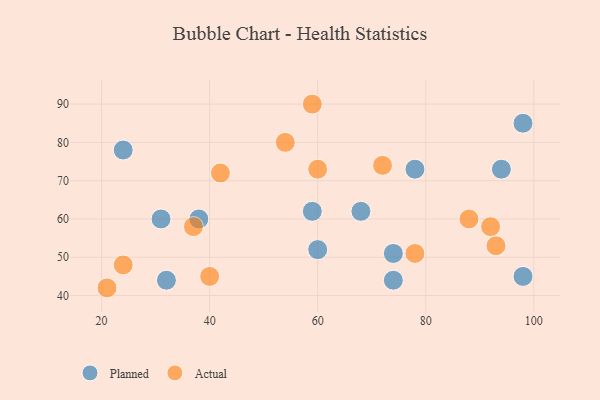
{"axis": {"x": "GDP", "y": "Life Expectancy"}, "legend": ["Actual", "Planned"], "data": [{"x": "74", "y": 51, "type": "Planned"}, {"x": "98", "y": 45, "type": "Planned"}, {"x": "78", "y": 73, "type": "Planned"}, {"x": "60", "y": 52, "type": "Planned"}, {"x": "98", "y": 85, "type": "Planned"}, {"x": "31", "y": 60, "type": "Planned"}, {"x": "59", "y": 62, "type": "Planned"}, {"x": "94", "y": 73, "type": "Planned"}, {"x": "74", "y": 44, "type": "Planned"}, {"x": "68", "y": 62, "type": "Planned"}, {"x": "24", "y": 78, "type": "Planned"}, {"x": "38", "y": 60, "type": "Planned"}, {"x": "32", "y": 44, "type": "Planned"}, {"x": "59", "y": 90, "type": "Actual"}, {"x": "37", "y": 58, "type": "Actual"}, {"x": "54", "y": 80, "type": "Actual"}, {"x": "42", "y": 72, "type": "Actual"}, {"x": "93", "y": 53, "type": "Actual"}, {"x": "88", "y": 60, "type": "Actual"}, {"x": "24", "y": 48, "type": "Actual"}, {"x": "21", "y": 42, "type": "Actual"}, {"x": "72", "y": 74, "type": "Actual"}, {"x": "40", "y": 45, "type": "Actual"}, {"x": "78", "y": 51, "type": "Actual"}, {"x": "60", "y": 73, "type": "Actual"}, {"x": "92", "y": 58, "type": "Actual"}]}